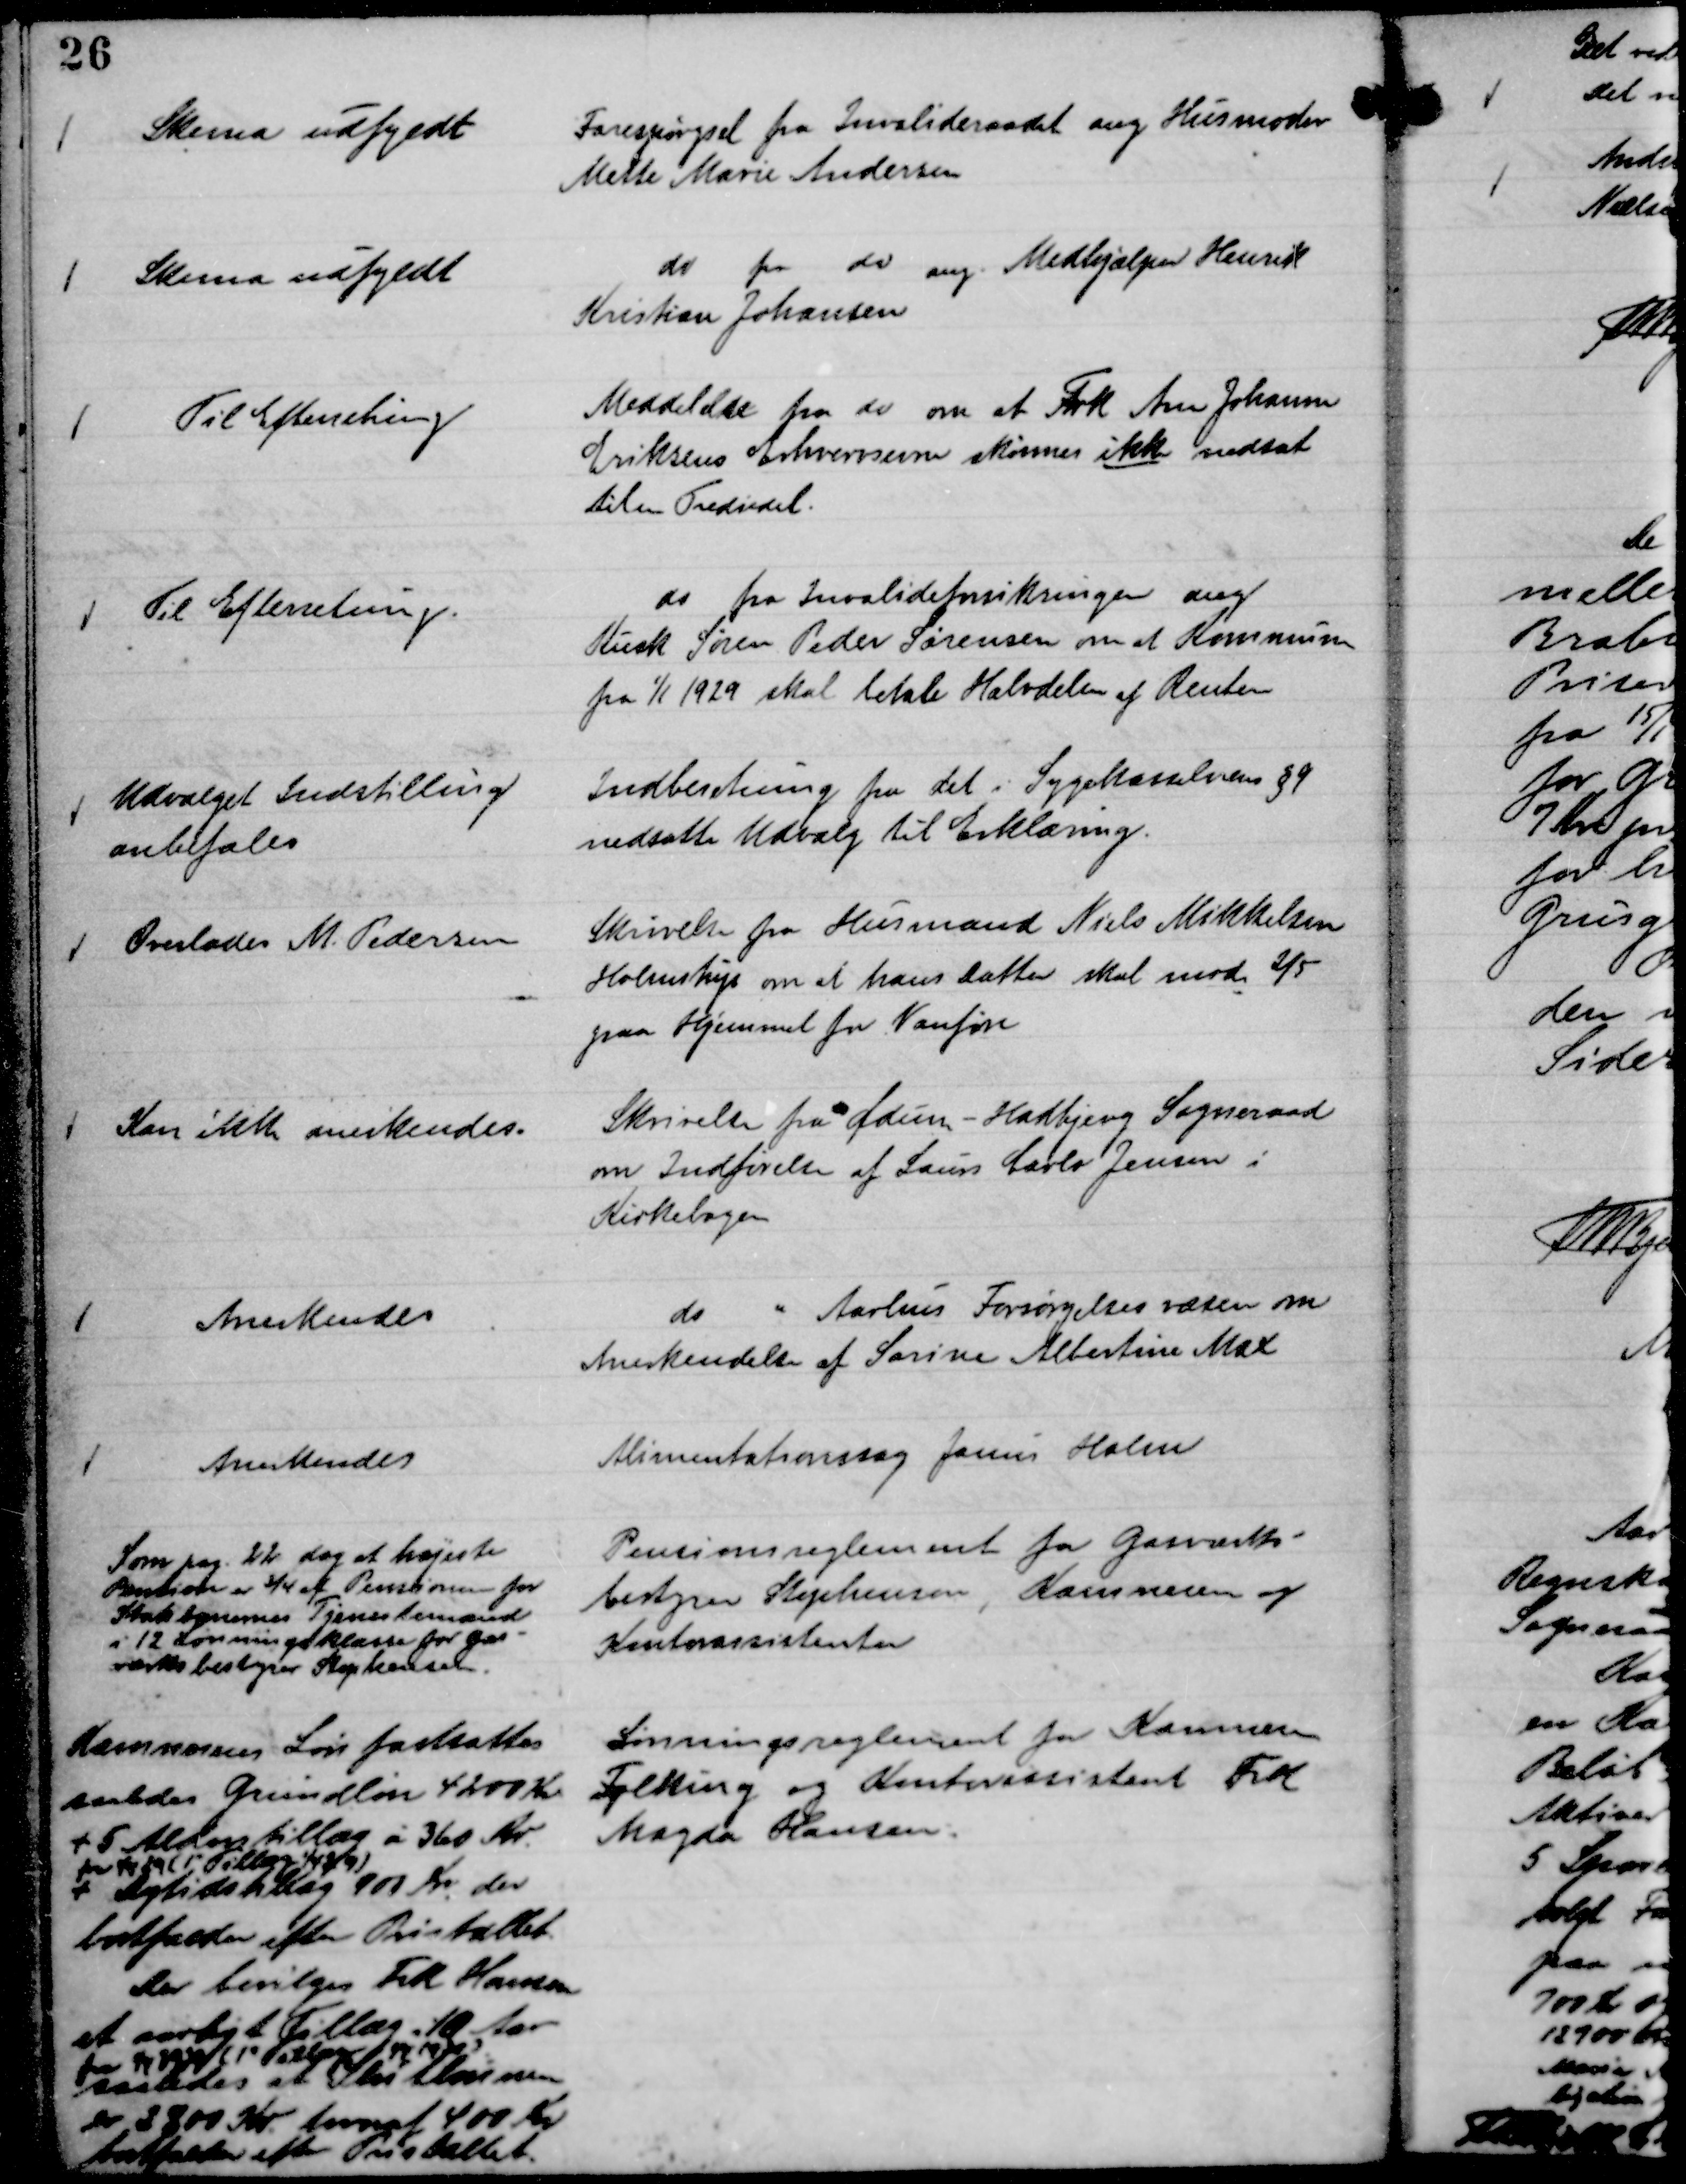
Transskription:
Forespørgsel fra Invalideraadet ang Husmoder
Mette Marie Andersen

Skema udfyldt

do fra do ang. Medhjælper Henrik
Kristian Johansen

Skema udfyldt

Meddelelse fra do om at Frk Ane Johanne
Eriksens Erhvervsevne skønnes ikke nedsat
til en Trediedel.

Til Efterretning

do fra Invalideforsikringen ang
Kusk Søren Peder Sørensen om at Komunen 
fra

1/1 1929 skal betale Halvdelen af Renten

Til Efterretning.

Indberetning fra det i Sygekasselovens § 9
nedsatte Udvalg til Erklæring.

Udvalget Indstilling
anbefales

Skrivelse fra Husmand Niels Mikkelsen
Holmstrup om at hans Datter skal mod 2/5
paa Hjemmet for Vanføre

Overlades M. Pedersen

Skrivelse fra Ødum - Hadbjerg Sogneraad
om Indførelse af Laurs Carlo Jensen i
Kirkebogen

Kan ikke anerkendes.

do " Aarhus Forsørgelsesvæsen om
Anerkendelse af Sørine Albertine Max

Anerkendes

Alimentationssag Janus Holm

Anerkendes

Pensionsreglement for Gasværks-
bestyrer Stephensen, Kæmneren og
kontorassistenter

Som pag. 22 dog at højeste
Pension er ¾ af Pensionen for
Statsbanernes Tjenestemænd
i 12 Lønningsklasse for Gas-
værksbestyrer Stephensen.

Lønningsreglement for Kæmneren
Folking og Kontorassistent Frk
Magda Hansen.

Kæmnerens Løn fastsattes
saaledes Grundløn 4200 Kr
+5 Alderstillæg á 360 Kr.
fra 1/4 29 ( 1' Tillæg 1/4 29 )
og Dyrtidstillæg 900 Kr. der
bortfalder efter Pristallet
Der bevilges Frk Hansen
et aarligt Tillæg i 10 Aar
fra 1/4 1929 (1' Tillæg 1/4 1929
saalede, at Slut Lønnen
er 2800 Kr. hvoraf 400 kr.
bortfalder efter Pristallet.